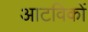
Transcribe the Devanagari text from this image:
आटविकों